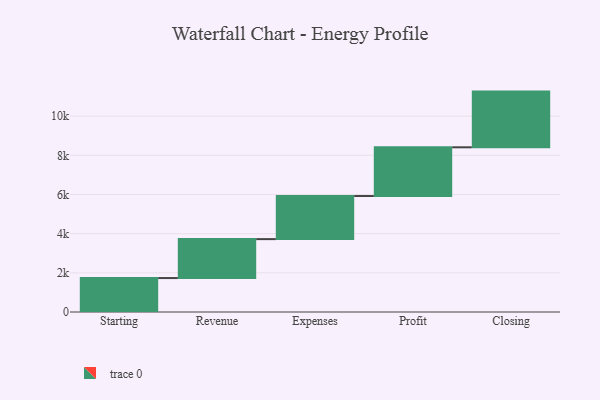
{"axis": {"x": "Step", "y": "Value"}, "legend": [""], "data": [{"x": "Starting", "y": 1733.0, "type": ""}, {"x": "Revenue", "y": 1988.0, "type": ""}, {"x": "Expenses", "y": 2200.0, "type": ""}, {"x": "Profit", "y": 2488.0, "type": ""}, {"x": "Closing", "y": 2844.0, "type": ""}]}